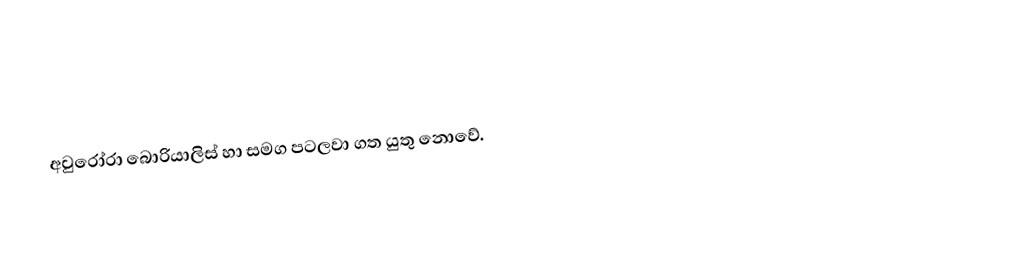
අවුරෝරා බොරියාලිස් හා සමග පටලවා ගත යුතු නොවේ.